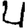
Digit: 4